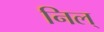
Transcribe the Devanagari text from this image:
निल्